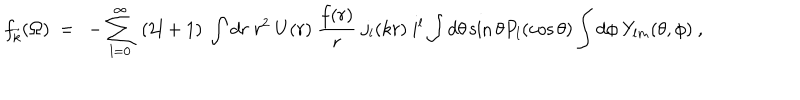
LaTeX: f _ { \vec { k } } ( \Omega ) ~ = ~ - \sum _ { l = 0 } ^ { \infty } ~ ( 2 l + 1 ) ~ \int d r ~ r ^ { 2 } ~ U ( r ) ~ \frac { f ( r ) } { r } ~ j _ { l } ( k r ) ~ i ^ { l } \int d \theta \sin \theta P _ { l } ( \cos \theta ) \int d \phi ~ Y _ { l m } ( \theta , \phi ) ~ ,